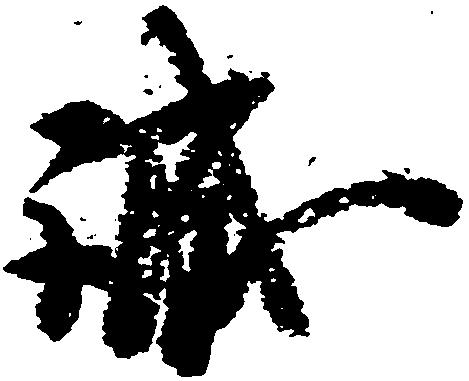
誠